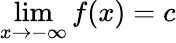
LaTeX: \operatorname*{lim}_{x\rightarrow-\infty}f(x)=c